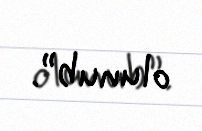
olunub”.